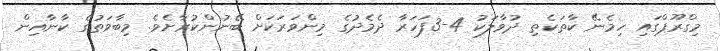
މިގްރޫޕްގައި ހިމެނޭ ކާތަކެތި ދުވާލަކު 4-3ފަހަރާ ދެމެދުގެ މިންވަރަކަށް ބޭނުންކުރާށެވެ. މިބާވަތުގެ ކާނާއިން